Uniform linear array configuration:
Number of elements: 8
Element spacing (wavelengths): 0.5
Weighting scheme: kaiser
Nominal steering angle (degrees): -30
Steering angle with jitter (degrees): -29.264
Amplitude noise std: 0.05
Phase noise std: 0.05

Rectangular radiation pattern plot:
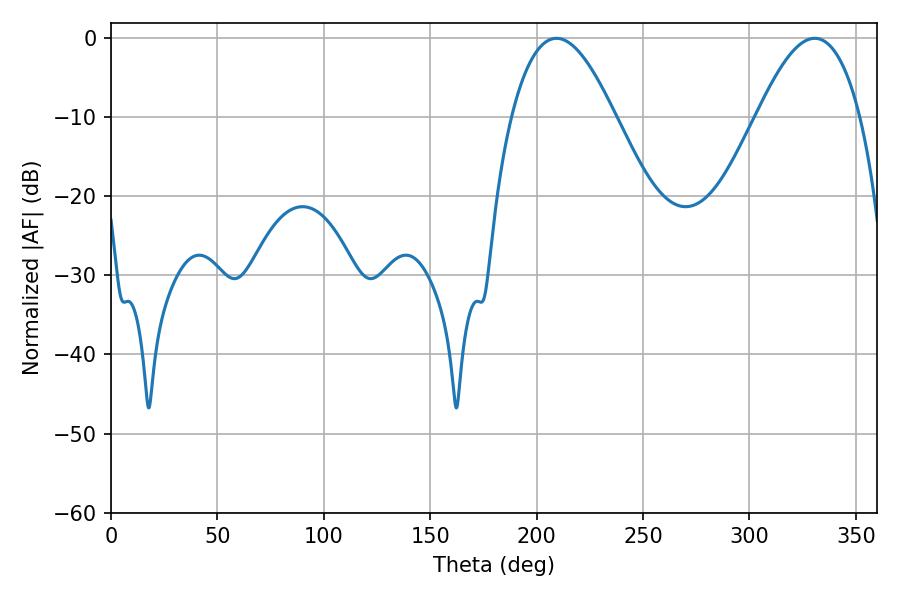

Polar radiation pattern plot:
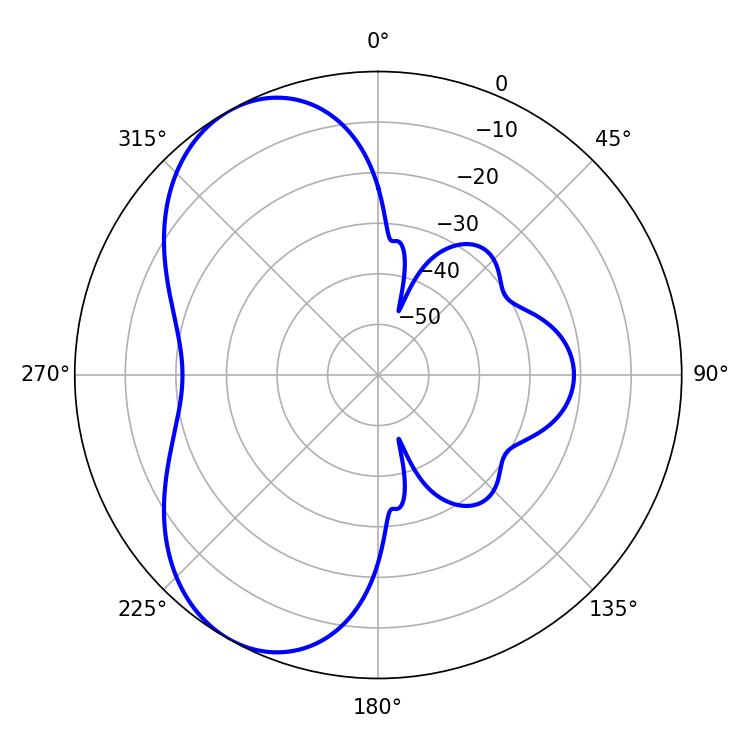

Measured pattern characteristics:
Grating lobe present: FALSE
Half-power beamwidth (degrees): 26.46
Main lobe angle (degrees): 209.34